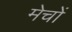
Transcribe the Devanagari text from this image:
मेचों